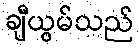
ချီယွမ်သည်